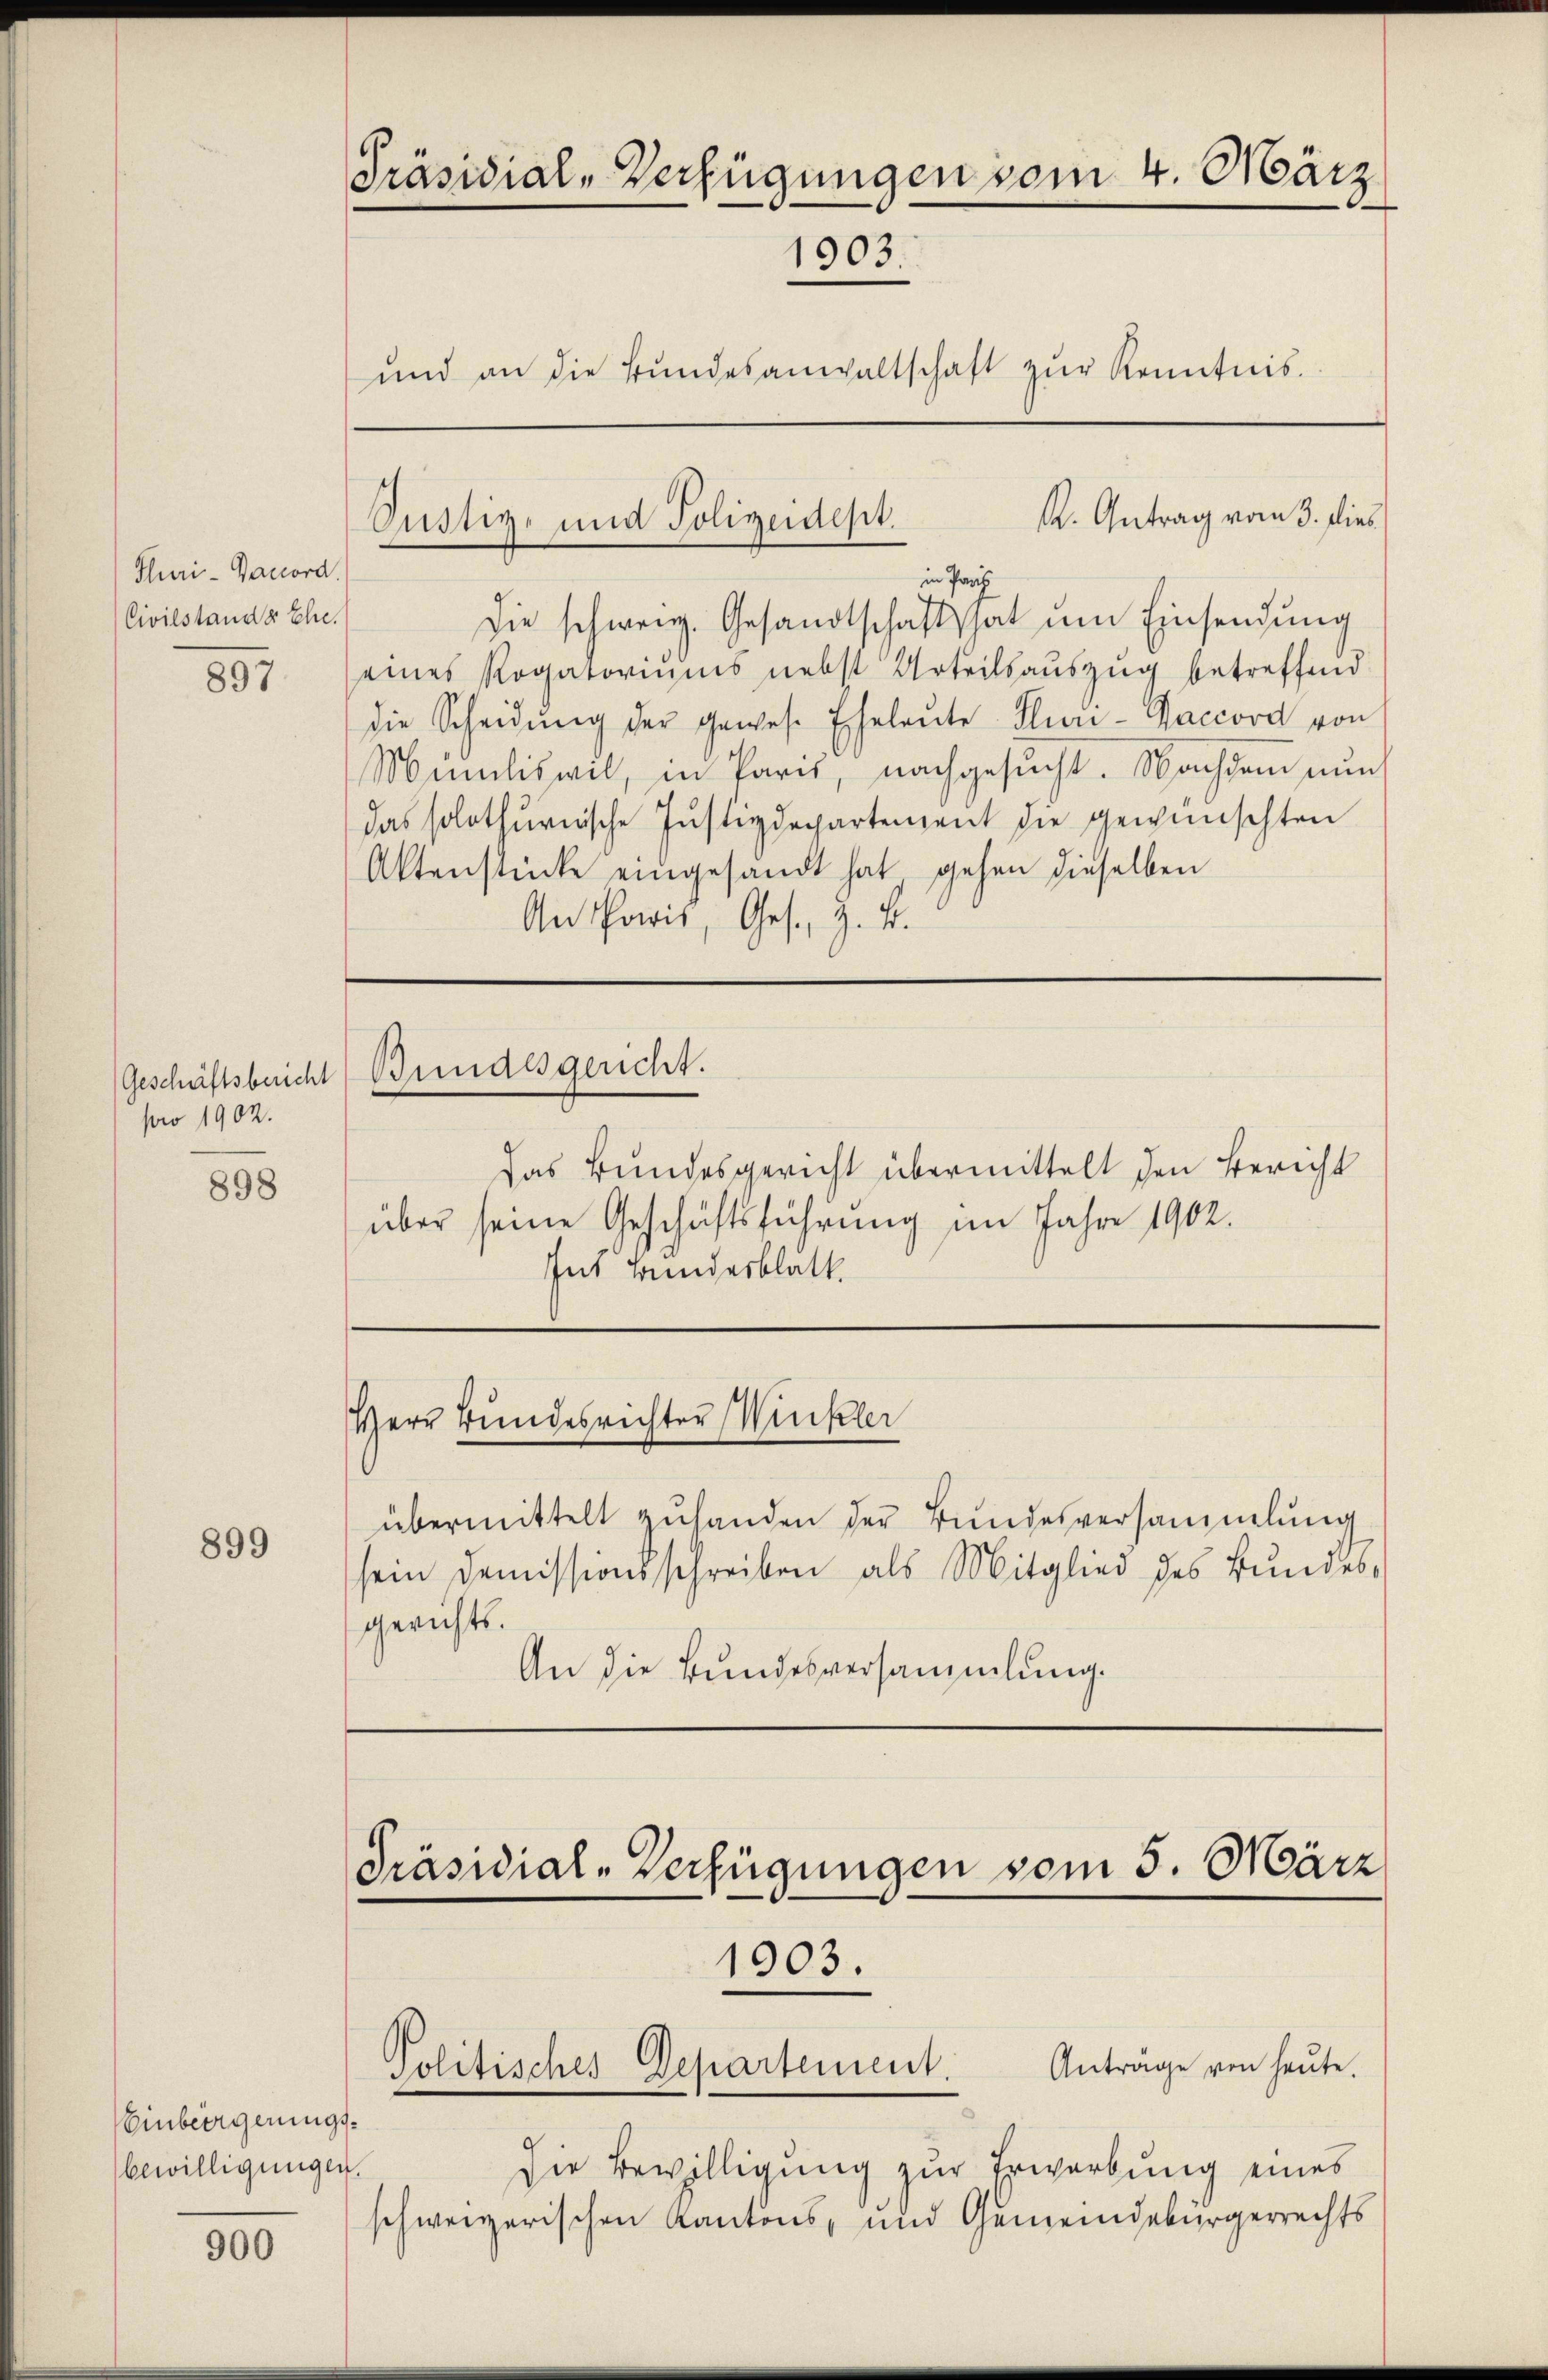
Puri-Bancord.
Civilstander Ehe.

897

Geschäftsbericht
pro 1902.

898

899

Einbeergerungsbewilligungen

900

Präsidial-Verfügungen vom 4. März
1903.
und an die Bŭndesanwaltschaft zŭr Kenntnis.

Die schweiz. Gesandtschaft hat um Einsendung
eines Rogatoriums nebst Urteilsauszug betreffend
die Scheidŭng der gewese Eheleŭte Plur-Faccord von
Mimliswil, in Paris, nachgesucht. Nachdem nun
das solothurnische Justizdepartement die gewünschten
Aktenstücke eingesandt hat gehen dieselben
An Paris, Ges. Z. B.

K. Getrag vom 3. dies
Justiz- und Polizeidept.
in Parz

Bundesgeucht.

gerichts.

Herr Bundesrichter Winkler

Präsidial-Verfügungen vom 5. März
1903.
Anträge von heute.
Politisches Departement.

Das Bundesgericht übermittelt den Bericht
über seine Geschäftsführung im Jahre 1902.
Ins Bundesblatt

übermittelt zuhanden der Bundesversammlung
sein Demissionsschreiben als Mitglied des Bundes¬
An die Bundesversammlung.

die Bewilligung zur Erwerbung eines
schweizerischen Kantons- und Gemeindebürgerrechts